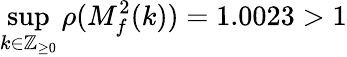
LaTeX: \operatorname*{sup}_{k\in\mathbb{Z}_{\geq 0}}\rho(M_{f}^{2}(k))=1.0023>1